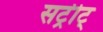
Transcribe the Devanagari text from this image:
सट्रीट्